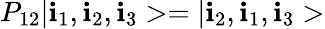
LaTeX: P_{12}|\mathbf{i}_{1},\mathbf{i}_{2},\mathbf{i}_{3}>=|\mathbf{i}_{2},\mathbf{i}_{1},\mathbf{i}_{3}>